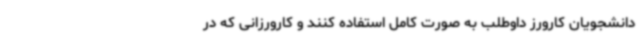
دانشجویان کارورز داوطلب به صورت کامل استفاده کنند و کارورزانی که در